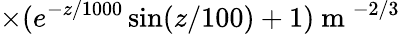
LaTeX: \times(e^{-z/1000}\sin(z/100)+1)\mathrm{~m~}^{-2/3}